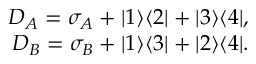
\begin{array} { r } { D _ { A } = \sigma _ { A } + | 1 \rangle \langle 2 | + | 3 \rangle \langle 4 | , } \\ { D _ { B } = \sigma _ { B } + | 1 \rangle \langle 3 | + | 2 \rangle \langle 4 | . } \end{array}